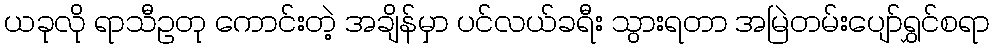
ယခုလို ရာသီဥတု ကောင်းတဲ့ အချိန်မှာ ပင်လယ်ခရီး သွားရတာ အမြဲတမ်းပျော်ရွှင်စရာ